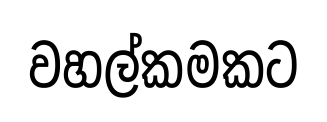
වහල්කමකට